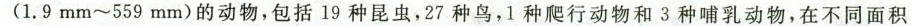
(1.9 mm~559 mm)的动物，包括19种昆虫，27种鸟，1种爬行动物和3种哺乳动物，在不同面积